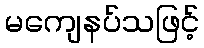
မကျေနပ်သဖြင့်